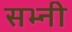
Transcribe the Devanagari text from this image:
सभ्नी